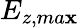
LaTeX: E_{z,ma\mathbf{x}}